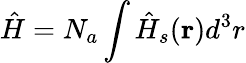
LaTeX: \hat{H}=N_{a}\int\hat{H}_{s}(\mathbf{r})d^{3}r